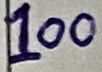
Text: 100